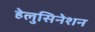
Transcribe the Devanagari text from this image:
हेलुसिनेशन